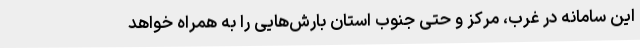
این سامانه در غرب، مرکز و حتی جنوب استان بارش‌هایی را به همراه خواهد